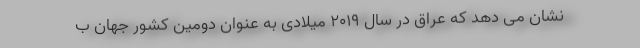
نشان می دهد که عراق در سال ۲۰۱۹ میلادی به عنوان دومین کشور جهان ب